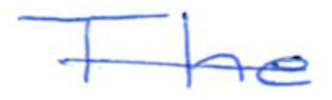
Text: The
Cross-out: mix
Writing tool: ballpoint